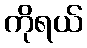
ကိုရယ်